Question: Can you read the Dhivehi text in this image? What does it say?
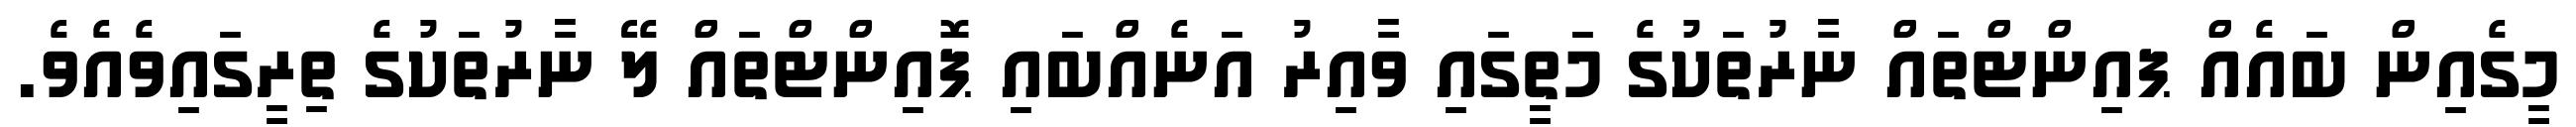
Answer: މީގެއިން ބައެއް ޕއިންޓްތައް ނާރުތަކުގެ މަތީގައި ވާއިރު އަނެއްބައި ޕޮއިންޓްތައް ލޭ ނާރުތަކުގެ ތިރީގައިވެއެވެ.